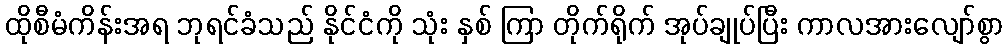
ထိုစီမံကိန်းအရ ဘုရင်ခံသည် နိုင်ငံကို သုံး နှစ် ကြာ တိုက်ရိုက် အုပ်ချုပ်ပြီး ကာလအားလျော်စွာ